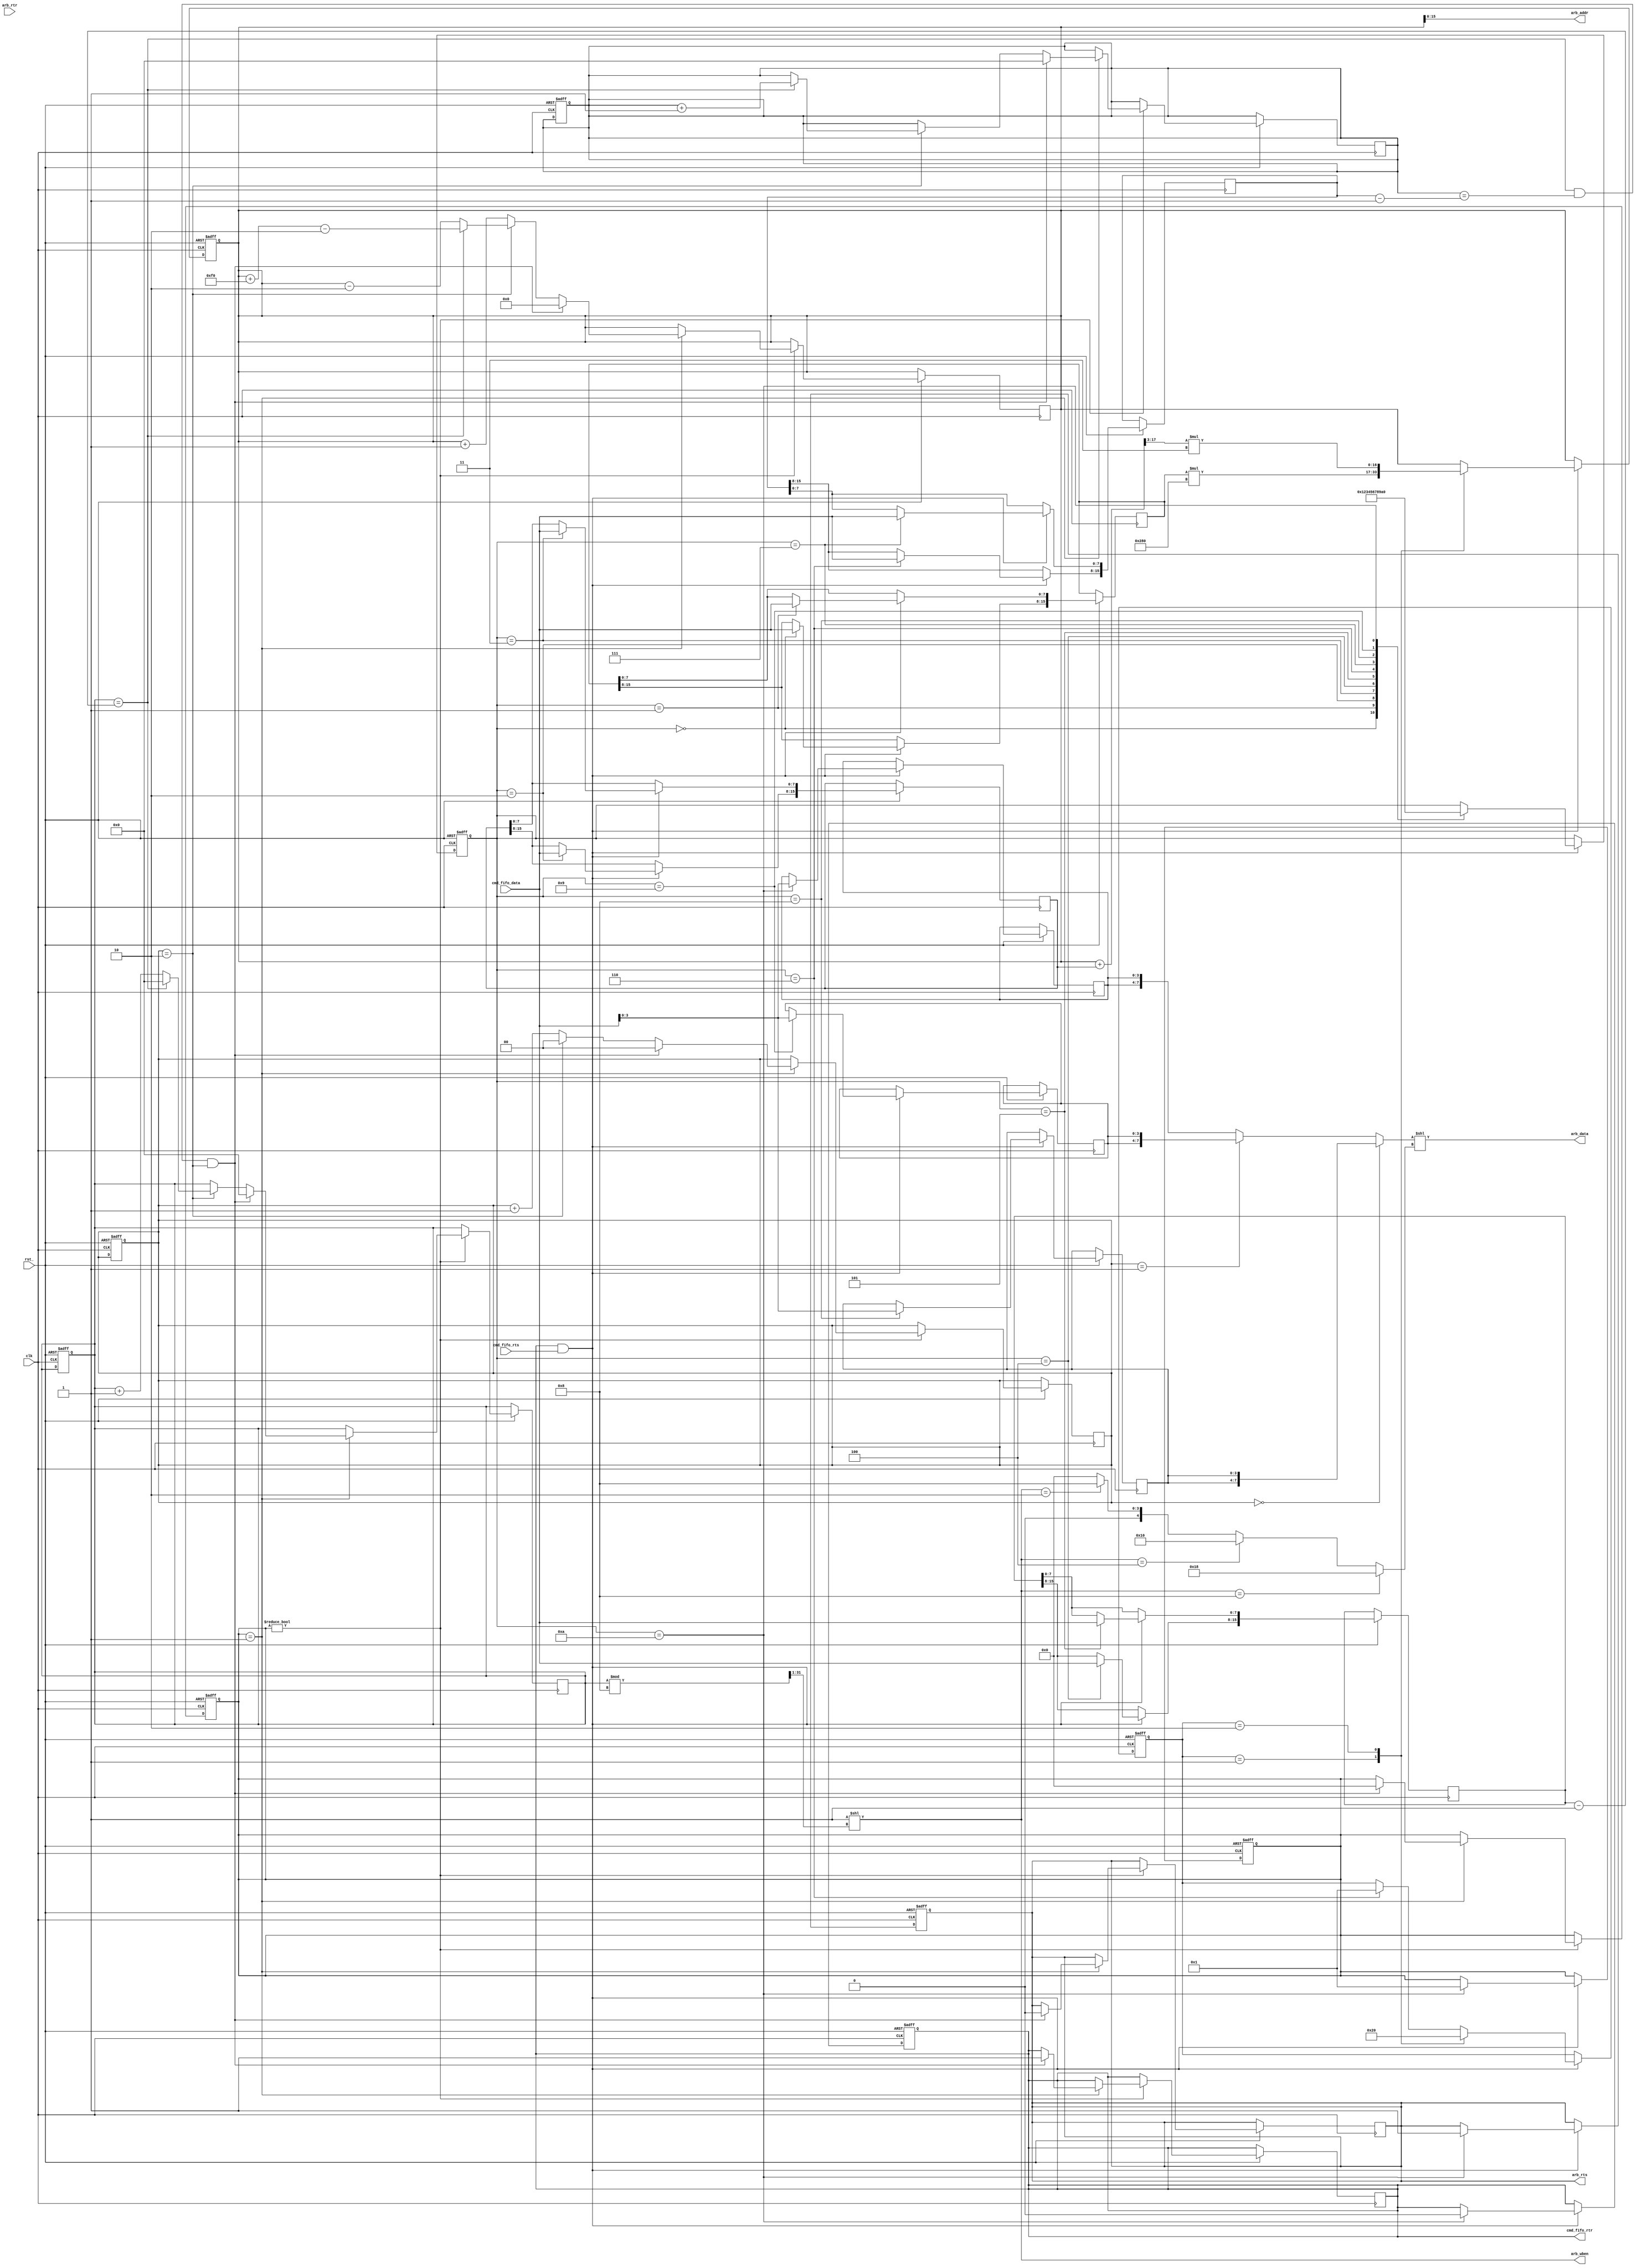
`timescale 1ns / 1ps

`define DECODE_STATE_ORIGX_B1   0
`define DECODE_STATE_ORIGX_B2   1
`define DECODE_STATE_ORIGY_B1   2
`define DECODE_STATE_ORIGY_B2   3
`define DECODE_STATE_WID_B1     4
`define DECODE_STATE_WID_B2     5
`define DECODE_STATE_HGT_B1     6
`define DECODE_STATE_HGT_B2     7
`define DECODE_STATE_R          8
`define DECODE_STATE_G          9
`define DECODE_STATE_B          10

`define CALC_STATE_IDLE         0
`define CALC_STATE_ROW_IDX      1
`define CALC_STATE_START_ADDR   2

`define GEN_STATE_IDLE          0
`define GEN_STATE_DRIVE         1

module rect_generator(
    input           clk,
    input           rst_,
    // Command Processor FIFO Interface
    input   [7:0]   cmd_fifo_data,
    output reg      cmd_fifo_rtr,
    input           cmd_fifo_rts,
    // Arbiter FIFO Interface
    output [31:0]   arb_data,
    output [15:0]   arb_addr,
    output reg      arb_rts,
    input           arb_rtr,
    output [3:0]    arb_wben
    );
    wire    [15:0]  color_data;
    wire            cmd_fifo_xfc;
    wire            arb_xfc;
    wire    [7:0]   rgb_shift;
    reg     [1:0]   rgb_idx;

    reg     [3:0]   calc_state;
    reg     [3:0]   gen_state;
    reg     [3:0]   dec_state;
    reg     [15:0]  origx;
    reg     [15:0]  origy;
    reg     [15:0]  wid;
    reg     [15:0]  hgt;
    reg     [3:0]   r_val;
    reg     [3:0]   g_val;
    reg     [3:0]   b_val;
    reg     [16:0]  cur_addr;
    reg     [15:0]  col_cnt;
    reg     [15:0]  row_cnt;

    reg             stall_on_decode_await;
    always @(posedge clk or negedge rst_)
    begin
        if (!rst_)
        begin
            // reset logic
            cmd_fifo_rtr <= 1'b1;
            arb_rts <= 1'b0;
            col_cnt <= 16'h0000;
            row_cnt <= 16'h0000;
            cur_addr <= 17'h0000;
            rgb_idx <= 2'b00;

            dec_state <= `DECODE_STATE_ORIGX_B1;
            gen_state <= `GEN_STATE_IDLE;
            calc_state <= `CALC_STATE_IDLE;
        end
        else
        begin

        // For the generator to begin outputting addresses and data the arbiter must
        // be ready to recieve and the fifo must be ready to send
        if (cmd_fifo_xfc)//arb_rtr && stall_on_decode_await)// && cmd_fifo_rts)
        begin
        // ----------------- Decode Instruction State Machine
            case (dec_state)
            `DECODE_STATE_ORIGX_B1:
            begin
                if (cmd_fifo_xfc)
                begin
                                // Store X origin data
                                origx[15:8] <= cmd_fifo_data;

                                // Initiate Calculation State machine to begin calculating
                                // row index addresses from the X origin data
                                dec_state <= `DECODE_STATE_ORIGX_B2;
                end
            end
                        `DECODE_STATE_ORIGX_B2:
                        begin
                            origx[7:0] <= cmd_fifo_data;
                            dec_state <= `DECODE_STATE_ORIGY_B1;
                        end
                        `DECODE_STATE_ORIGY_B1:
                        begin
                            // Store y origin data
                            origy[15:8] <= cmd_fifo_data;
                            dec_state <= `DECODE_STATE_ORIGY_B2;
                        end
                        `DECODE_STATE_ORIGY_B2:
                        begin
                            origy[7:0] <= cmd_fifo_data;
                            dec_state <= `DECODE_STATE_WID_B1;
                        end
                        `DECODE_STATE_WID_B1:
                        begin
                            // Store width of box
                            wid[15:8] <= cmd_fifo_data;
                            dec_state <= `DECODE_STATE_WID_B2;
                        end
                        `DECODE_STATE_WID_B2:
                        begin
                            wid[7:0] <= cmd_fifo_data;
                            dec_state <= `DECODE_STATE_HGT_B1;
                        end
                        `DECODE_STATE_HGT_B1:
                        begin
                            // Store hight of box
                            hgt[15:8] <= cmd_fifo_data;
                            dec_state <= `DECODE_STATE_HGT_B2;

                            // Start up calc state machine so multiplication is ready when we want to output
                            calc_state <= `CALC_STATE_ROW_IDX;
                        end
                        `DECODE_STATE_HGT_B2:
                        begin
                            hgt[7:0] <= cmd_fifo_data;
                            dec_state <= `DECODE_STATE_R;
                        end
                        `DECODE_STATE_R:
                        begin
                            // Store R pixel data
                            r_val <=  cmd_fifo_data;
                            dec_state <= `DECODE_STATE_G;
                        end
                        `DECODE_STATE_G:
                        begin
                            // Store G pixel value
                            g_val <= cmd_fifo_data;
                            dec_state <= `DECODE_STATE_B;
                        end
                        `DECODE_STATE_B:
                        begin
                            // Store B pixel value
                            b_val <= cmd_fifo_data;

                            // Done decoding a command
                            cmd_fifo_rtr <= 1'b0;
                            dec_state <= `DECODE_STATE_ORIGX_B1;
                            gen_state <= `GEN_STATE_DRIVE;
                            // Assert that the generator will be able
                            // to send data on the next cycle because thats when we will
                            // have the R value to be sent
                            arb_rts <= 1'b1;
                        end
                    endcase

                    // ------------------ Calc State Machine
                    case (calc_state)
                        `CALC_STATE_IDLE:
                        begin
                            // State Machine defaults to idle
                        end
                        `CALC_STATE_ROW_IDX:
                        begin
                            // Calculate the starting row index address in mem
                            cur_addr <= origx * 640;
                            calc_state <= `CALC_STATE_START_ADDR;
                        end
                        `CALC_STATE_START_ADDR:
                        begin
                            // Calculate the beinging starting address using the begining y offset
                            cur_addr <= ((cur_addr + origy) >> 3) * 3;
                            calc_state <= `CALC_STATE_IDLE;
                        end
                    endcase     
            end
        end
    end

    always @(posedge clk or negedge rst_)
    begin
        if (!rst_)
        begin
            gen_state <= `GEN_STATE_IDLE;
        end
        else if (gen_state)
        begin
            // ------------------ Generation State Machine
            case (gen_state)
                `GEN_STATE_IDLE:
                begin
                // Default idle state
                end
                `GEN_STATE_DRIVE:
                begin
                    // State to drive the increment the addresses and counters
                    // that are used to determin wben bits and rgb mem indexing
                    if ((col_cnt == (wid - 1'b1)) && (row_cnt == (hgt - 1'b1)) && (rgb_idx == 2'b10))
                    begin
                        gen_state <= `GEN_STATE_IDLE;
                        cmd_fifo_rtr <= 1'b1;
                        arb_rts <= 1'b0;
                        col_cnt <= 1'b0;
                        row_cnt <= 1'b0;
                        rgb_idx <= 1'b0;
                        cur_addr <= 17'h0000;
                    end
                    else
                    begin
                        if (rgb_idx == 2'b10)
                        begin
                            if (col_cnt == (wid - 1'b1)) // If we are on the final column we want reset some counters and
                            begin // increment the addr to the next row
                                col_cnt <= 1'b0;
                                cur_addr <= cur_addr + 240 - 2'b10;
                                row_cnt <= row_cnt + 1'b1;
                            end
                            else
                            begin
                                cur_addr <= cur_addr - 2'b10;
                                col_cnt <= col_cnt + 1'b1;
                            end
                            rgb_idx <= 2'b00;
                        end
                        else
                        begin
                            rgb_idx <= rgb_idx + 1'b1;
                            cur_addr <= cur_addr + 1'b1;
                        end
                    end
                end
            endcase       
        end
    end


    // Decode Await Stalling Logic
    //  Stalls state machines until all data is available
    reg     [4:0]   field_cnt;
    always @(posedge clk or negedge rst_)
    begin
        if (!rst_)
        begin
            field_cnt <= 3'b000;
            stall_on_decode_await <= 1'b1;
        end
        else
        begin
            if (gen_state)
            begin
                if (field_cnt == 4'd11)
                begin
                    stall_on_decode_await <= 1'b0;
                end
                else
                begin
                    field_cnt <= field_cnt + 1'b1;
                end
            end
        end
    end

    // Attempt at rgb indexing the data
    assign color_data = (rgb_idx==1'b0) ? {r_val, r_val}: (rgb_idx==1'b1) ? {g_val, g_val} : {b_val, b_val};
    assign rgb_shift = (arb_wben==8) ? 24: (arb_wben==4) ? 16: (arb_wben==2) ? 8: 0;
    assign arb_data = color_data << rgb_shift;

    // WBEN logic
    assign arb_wben = 4'h1 << ((col_cnt%8) >> 1);
    assign arb_addr = cur_addr;

    // XFC logic
    assign cmd_fifo_xfc = cmd_fifo_rtr & cmd_fifo_rts;
    assign arb_xfc = arb_rtr & arb_rts;

    
    
    
    
    
    
    
    
    
    
    
    
    
    
    
    
    
    
    
    
    
    
    
    
    
    
    
    
    
    
    
    
    
    
    
endmodule